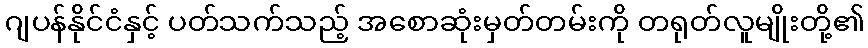
ဂျပန်နိုင်ငံနှင့် ပတ်သက်သည့် အစောဆုံးမှတ်တမ်းကို တရုတ်လူမျိုးတို့၏